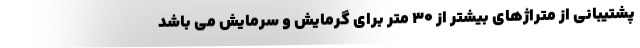
پشتیبانی از متراژهای بیشتر از ۳۰ متر برای گرمایش و سرمایش می باشد